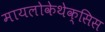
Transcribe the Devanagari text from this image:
मायलोकेथेक्सिस